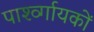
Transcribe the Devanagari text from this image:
पार्श्व्गायकों